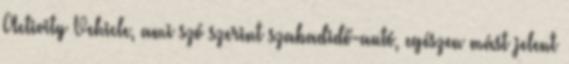
Activity Vehicle, ami szó szerint szabadidő-autó, egészen mást jelent